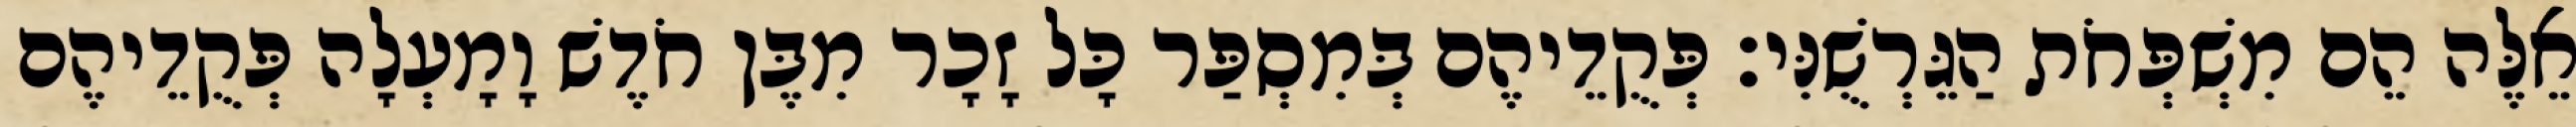
אֵלֶּה הֵם מִשְׁפְּחֹת הַגֵּרְשֻׁנִּי׃ פְּקֻדֵיהֶם בְּמִסְפַּר כָּל זָכָר מִבֶּן חֹדֶשׁ וָמָעְלָה פְּקֻדֵיהֶם